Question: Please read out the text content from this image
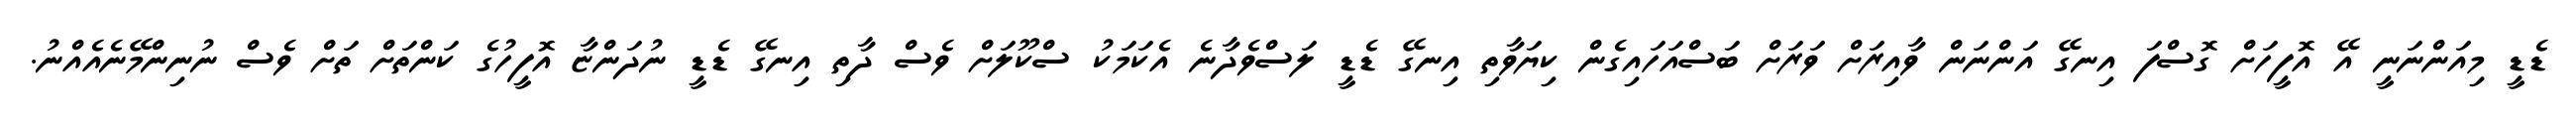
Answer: ޑެޑީ މިއަންނަނީ އޭ އޮފީހަށް ގޮސްފަ އިނގޭ އަންނަން ވާއިރަށް ވަރަށް ބަސްއަހައިގެން ކިޔަވާތި އިނގޭ ޑެޑީ ލަސްވެދާނެ އެކަމަކު ސްކޫލަށް ވެސް ދާތި އިނގޭ ޑެޑީ ނުދަންޏާ އޮފީހުގެ ކަންތަށް ތަށް ވެސް ނުނިންމޭނެއެއްނު.